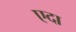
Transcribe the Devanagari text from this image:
एदा